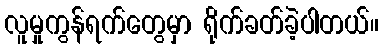
လူမှုကွန်ရက်တွေမှာ ရိုက်ခတ်ခဲ့ပါတယ်။